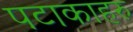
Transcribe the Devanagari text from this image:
पटाकाहरु